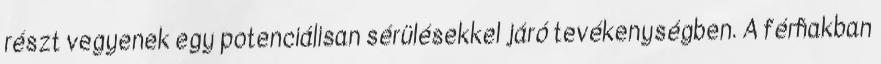
részt vegyenek egy potenciálisan sérülésekkel járó tevékenységben. A férﬁakban